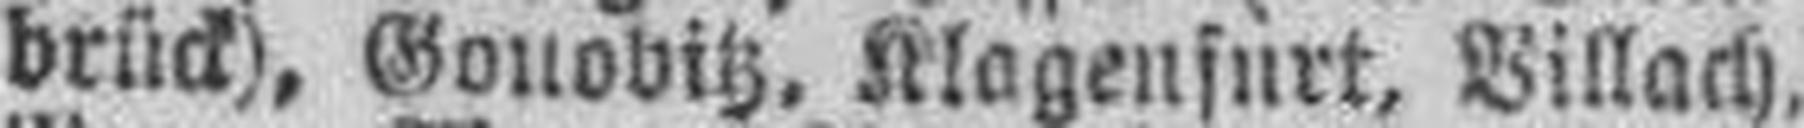
brück), Gonobitz, Klagenfurt, Villach,